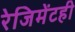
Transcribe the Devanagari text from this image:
रेजिमेंटही